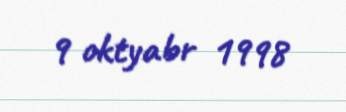
9 oktyabr 1998